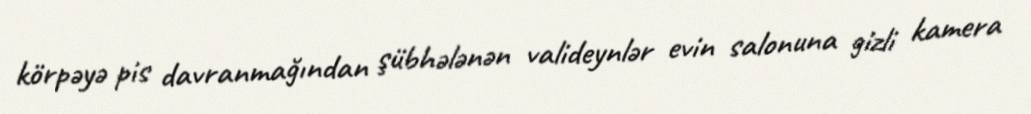
körpəyə pis davranmağından şübhələnən valideynlər evin salonuna gizli kamera